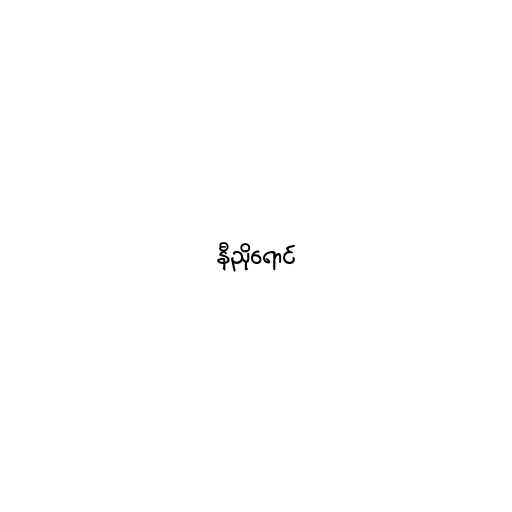
နီညိုရောင်